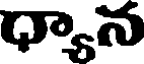
ధ్యాన